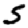
Digit: 5